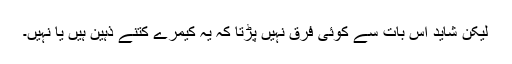
لیکن شاید اس بات سے کوئی فرق نہیں پڑتا کہ یہ کیمرے کتنے ذہین ہیں یا نہیں۔